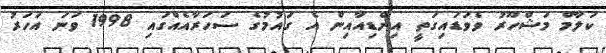
ކަލާމް މަޝްހޫރު ވެވަޑައިގަތީ އިންޑިއާއިން އެ ގައުމުގެ ސަހަރާއެއްގައި 1998 ވަނަ އަހަރު